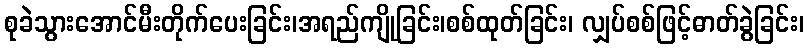
စုခဲသွားအောင်မီးတိုက်ပေးခြင်း၊အရည်ကျိုခြင်း၊စစ်ထုတ်ခြင်း၊ လျှပ်စစ်ဖြင့်ဓာတ်ခွဲခြင်း၊